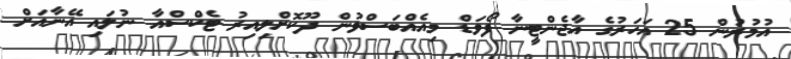
އުމުރުން 25 އަހަރުގެ އާޖެންޓީނާ ފޯވަޑް މިއެއްބަސްވުން ދޫކޮށްލިއިރު ޓެކްސްއާ ނުލައި އޭނާއަށް